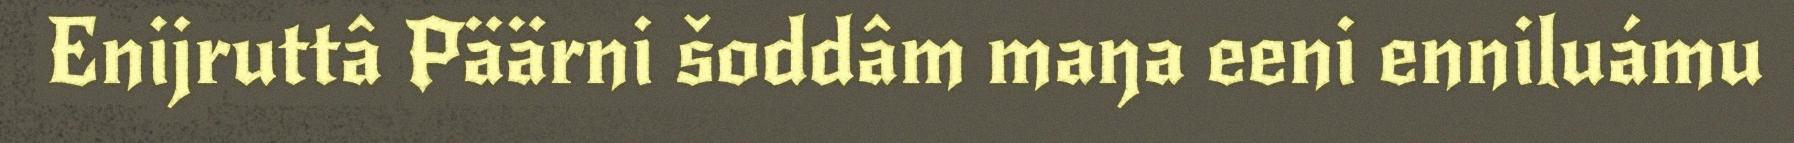
Enijruttâ Päärni šoddâm maŋa eeni enniluámu